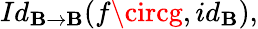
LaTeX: Id_{\mathbf{B}\rightarrow\mathbf{B}}(f\circg,id_{\mathbf{B}}),